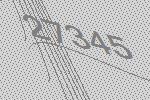
27345